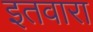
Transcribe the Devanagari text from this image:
इतवारा